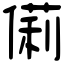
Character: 𠍆